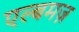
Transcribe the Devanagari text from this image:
एल्बमज़